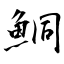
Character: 鮦